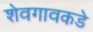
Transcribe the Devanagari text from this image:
शेवगावकडे